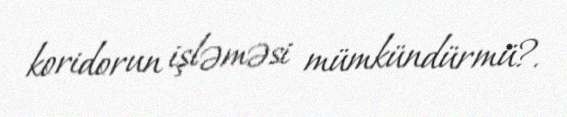
koridorun işləməsi mümkündürmü?.